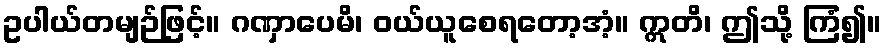
ဥပါယ်တမျဉ်ဖြင့်။ ဂဏှာပေမိ၊ ဝယ်ယူစေရတော့အံ့။ ဣတိ၊ ဤသို့ ကြံ၍။